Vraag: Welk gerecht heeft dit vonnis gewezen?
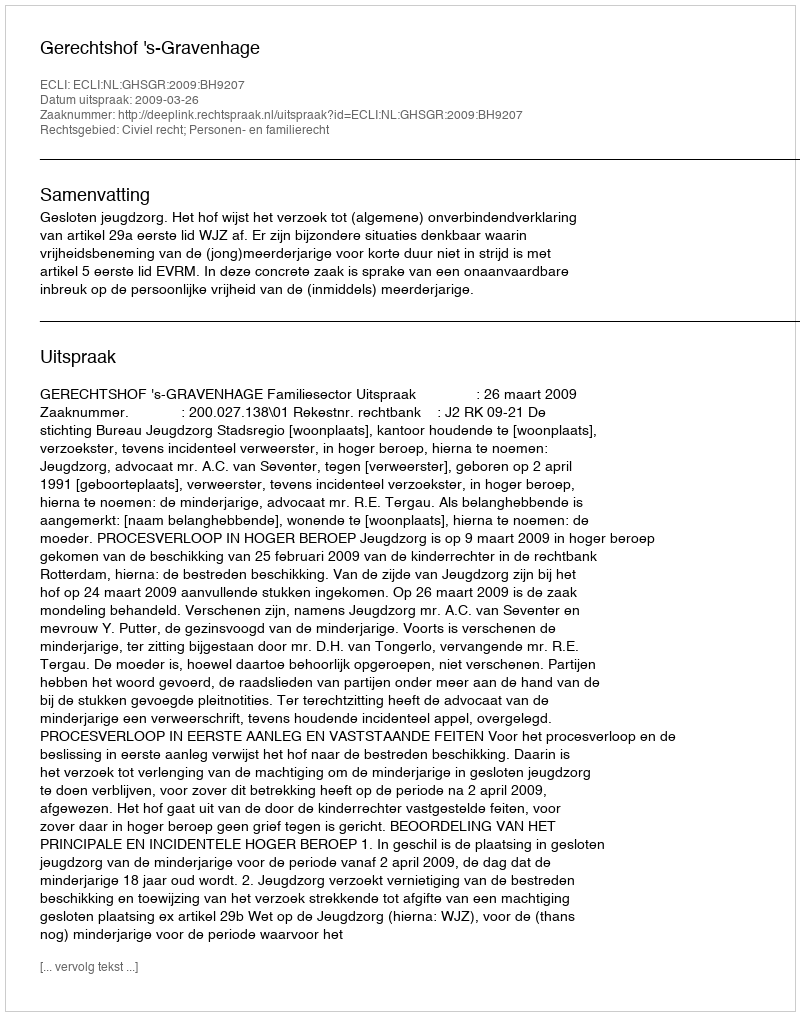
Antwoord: Gerechtshof 's-Gravenhage